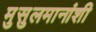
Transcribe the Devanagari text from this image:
मुसुलमानांशी